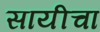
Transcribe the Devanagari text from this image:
सायीचा